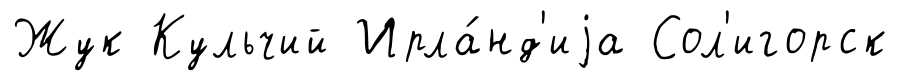
Жук Кульчий Ирла́нд'иjа Сол'игорск